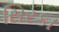
સિરકા